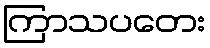
ကြာသပတေး